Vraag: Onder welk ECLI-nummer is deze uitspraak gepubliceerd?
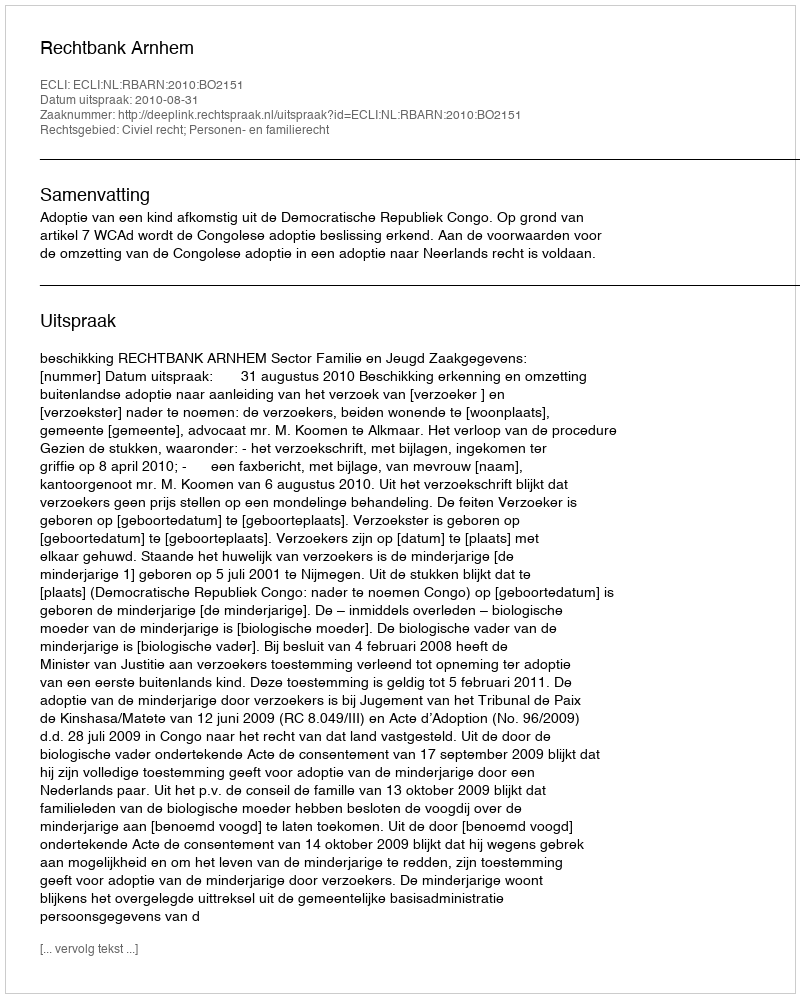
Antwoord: ECLI:NL:RBARN:2010:BO2151